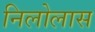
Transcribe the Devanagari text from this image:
निलोलास